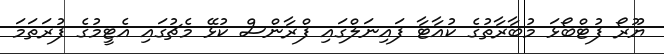
ޔޫރޯ ފުޓްބޯޅަ މުބާރާތުގެ ކުއާޓާ ފައިނަލްގައި ފްރާންސް ކުޅޭ މެޗުގައި އެޓީމުގެ ފުރަތަމަ